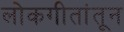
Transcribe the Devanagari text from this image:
लोकगीतांतून